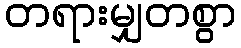
တရားမျှတစွာ